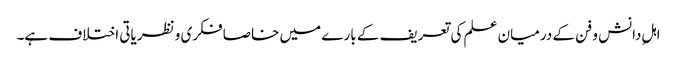
اہلِ دانش و فن کے درمیان علم کی تعریف کے بارے میں خاصا فکری و نظریاتی اختلاف ہے۔